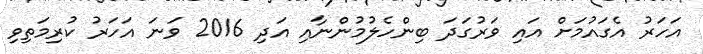
އަހަރު އެގައުމަށް އައި ވަރުގަދަ ބިންހެލުމުންނާއި އަދި 2016 ވަނަ އަހަރު ކުރިމަތިވި